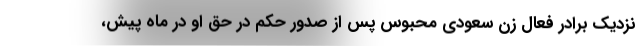
نزدیک برادر فعال زن سعودی محبوس پس از صدور حکم در حق او در ماه پیش،